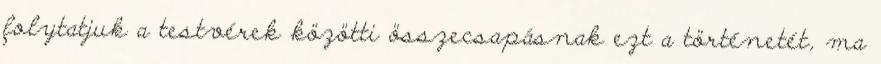
folytatjuk a testvérek közötti összecsapásnak ezt a történetét, ma